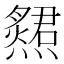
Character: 𤑩